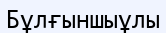
Бұлғыншыұлы